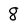
Character: 8